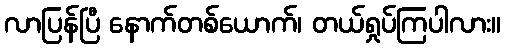
လာပြန်ပြီ နောက်တစ်ယောက်၊ တယ်ရှုပ်ကြပါလား။